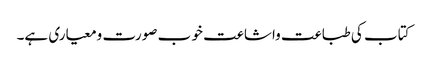
کتاب کی طباعت واشاعت خو ب صورت ومعیاری ہے۔